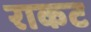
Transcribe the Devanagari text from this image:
राकट